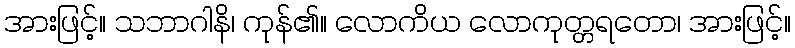
အားဖြင့်။ သဘာဂါနိ၊ ကုန်၏။ လောကိယ လောကုတ္တရတော၊ အားဖြင့်။